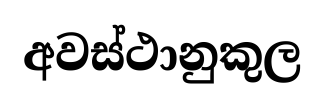
අවස්ථානුකුල